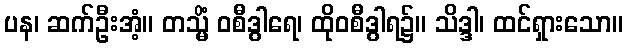
ပန၊ ဆက်ဦးအံ့။ တသ္မိံ ဝစီဒွါရေ၊ ထိုဝစီဒွါရ၌။ သိဒ္ဒါ၊ ထင်ရှားသော။